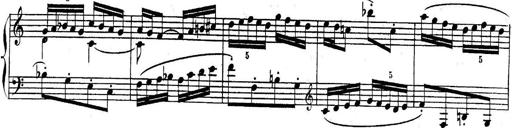
Title: Sonatina for Piano
Composer: BÃ©la BartÃ³k